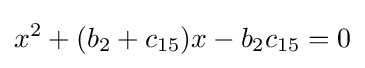
x^{2}+(b_{2}+c_{15})x-b_{2}c_{15}=0